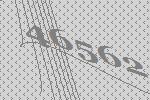
46562